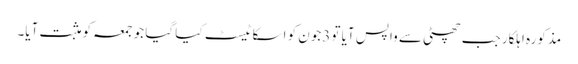
مذکورہ اہلکار جب چھٹی سے واپس آیا تو 3جون کو اسکا ٹیسٹ کیا گیا جو جمعہ کو مثبت آیا۔